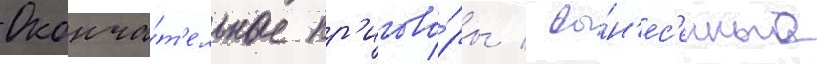
Оконча́т'ельные пр'игово́ры / вы́н'ес'енные